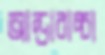
আন্ডাবাচ্চা